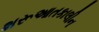
શરૂઆતકાલીન